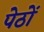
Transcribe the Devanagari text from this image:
पेठों